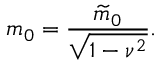
m _ { 0 } = \frac { \widetilde { m } _ { 0 } } { \sqrt { 1 - \nu ^ { 2 } } } .